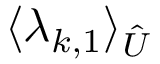
\langle \lambda _ { k , 1 } \rangle _ { \hat { U } }